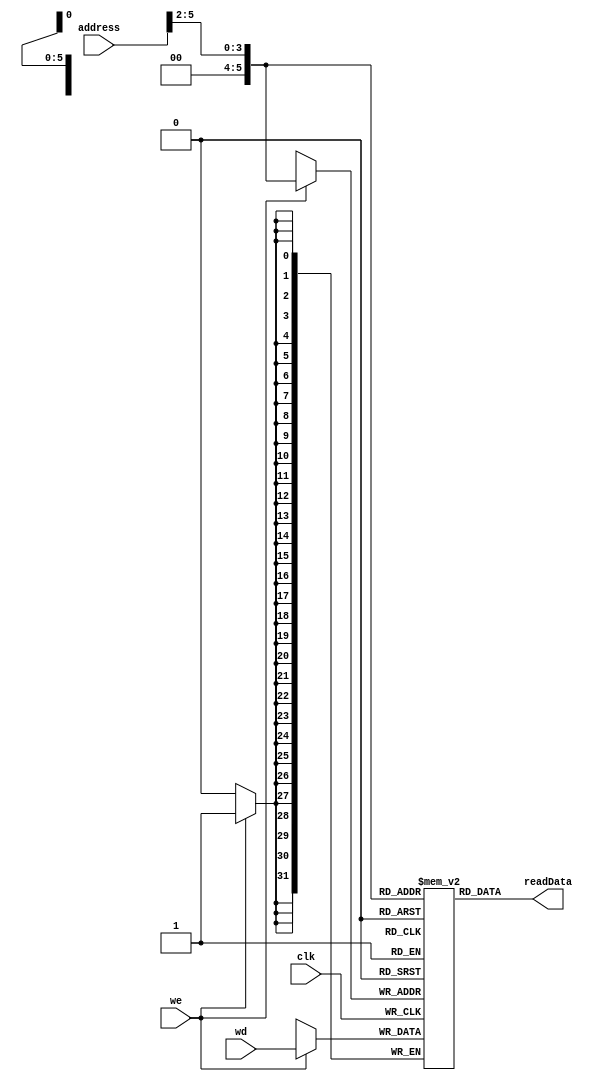
module Data_Memory(clk, we, address, wd, readData);
   input clk;
   input we;
   input[5:0] address;
   input[31:0] wd;
   output[31:0] readData;
   reg [31:0] ram[0:63];
   assign readData = ram[address[5:2]];
   always @(posedge clk)
   if (we) ram[address[5:2]] <= wd;
endmodule